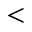
<